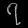
Digit: ၇